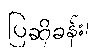
ပြဆိုခန်း၊